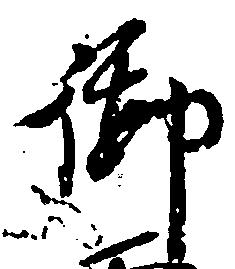
御